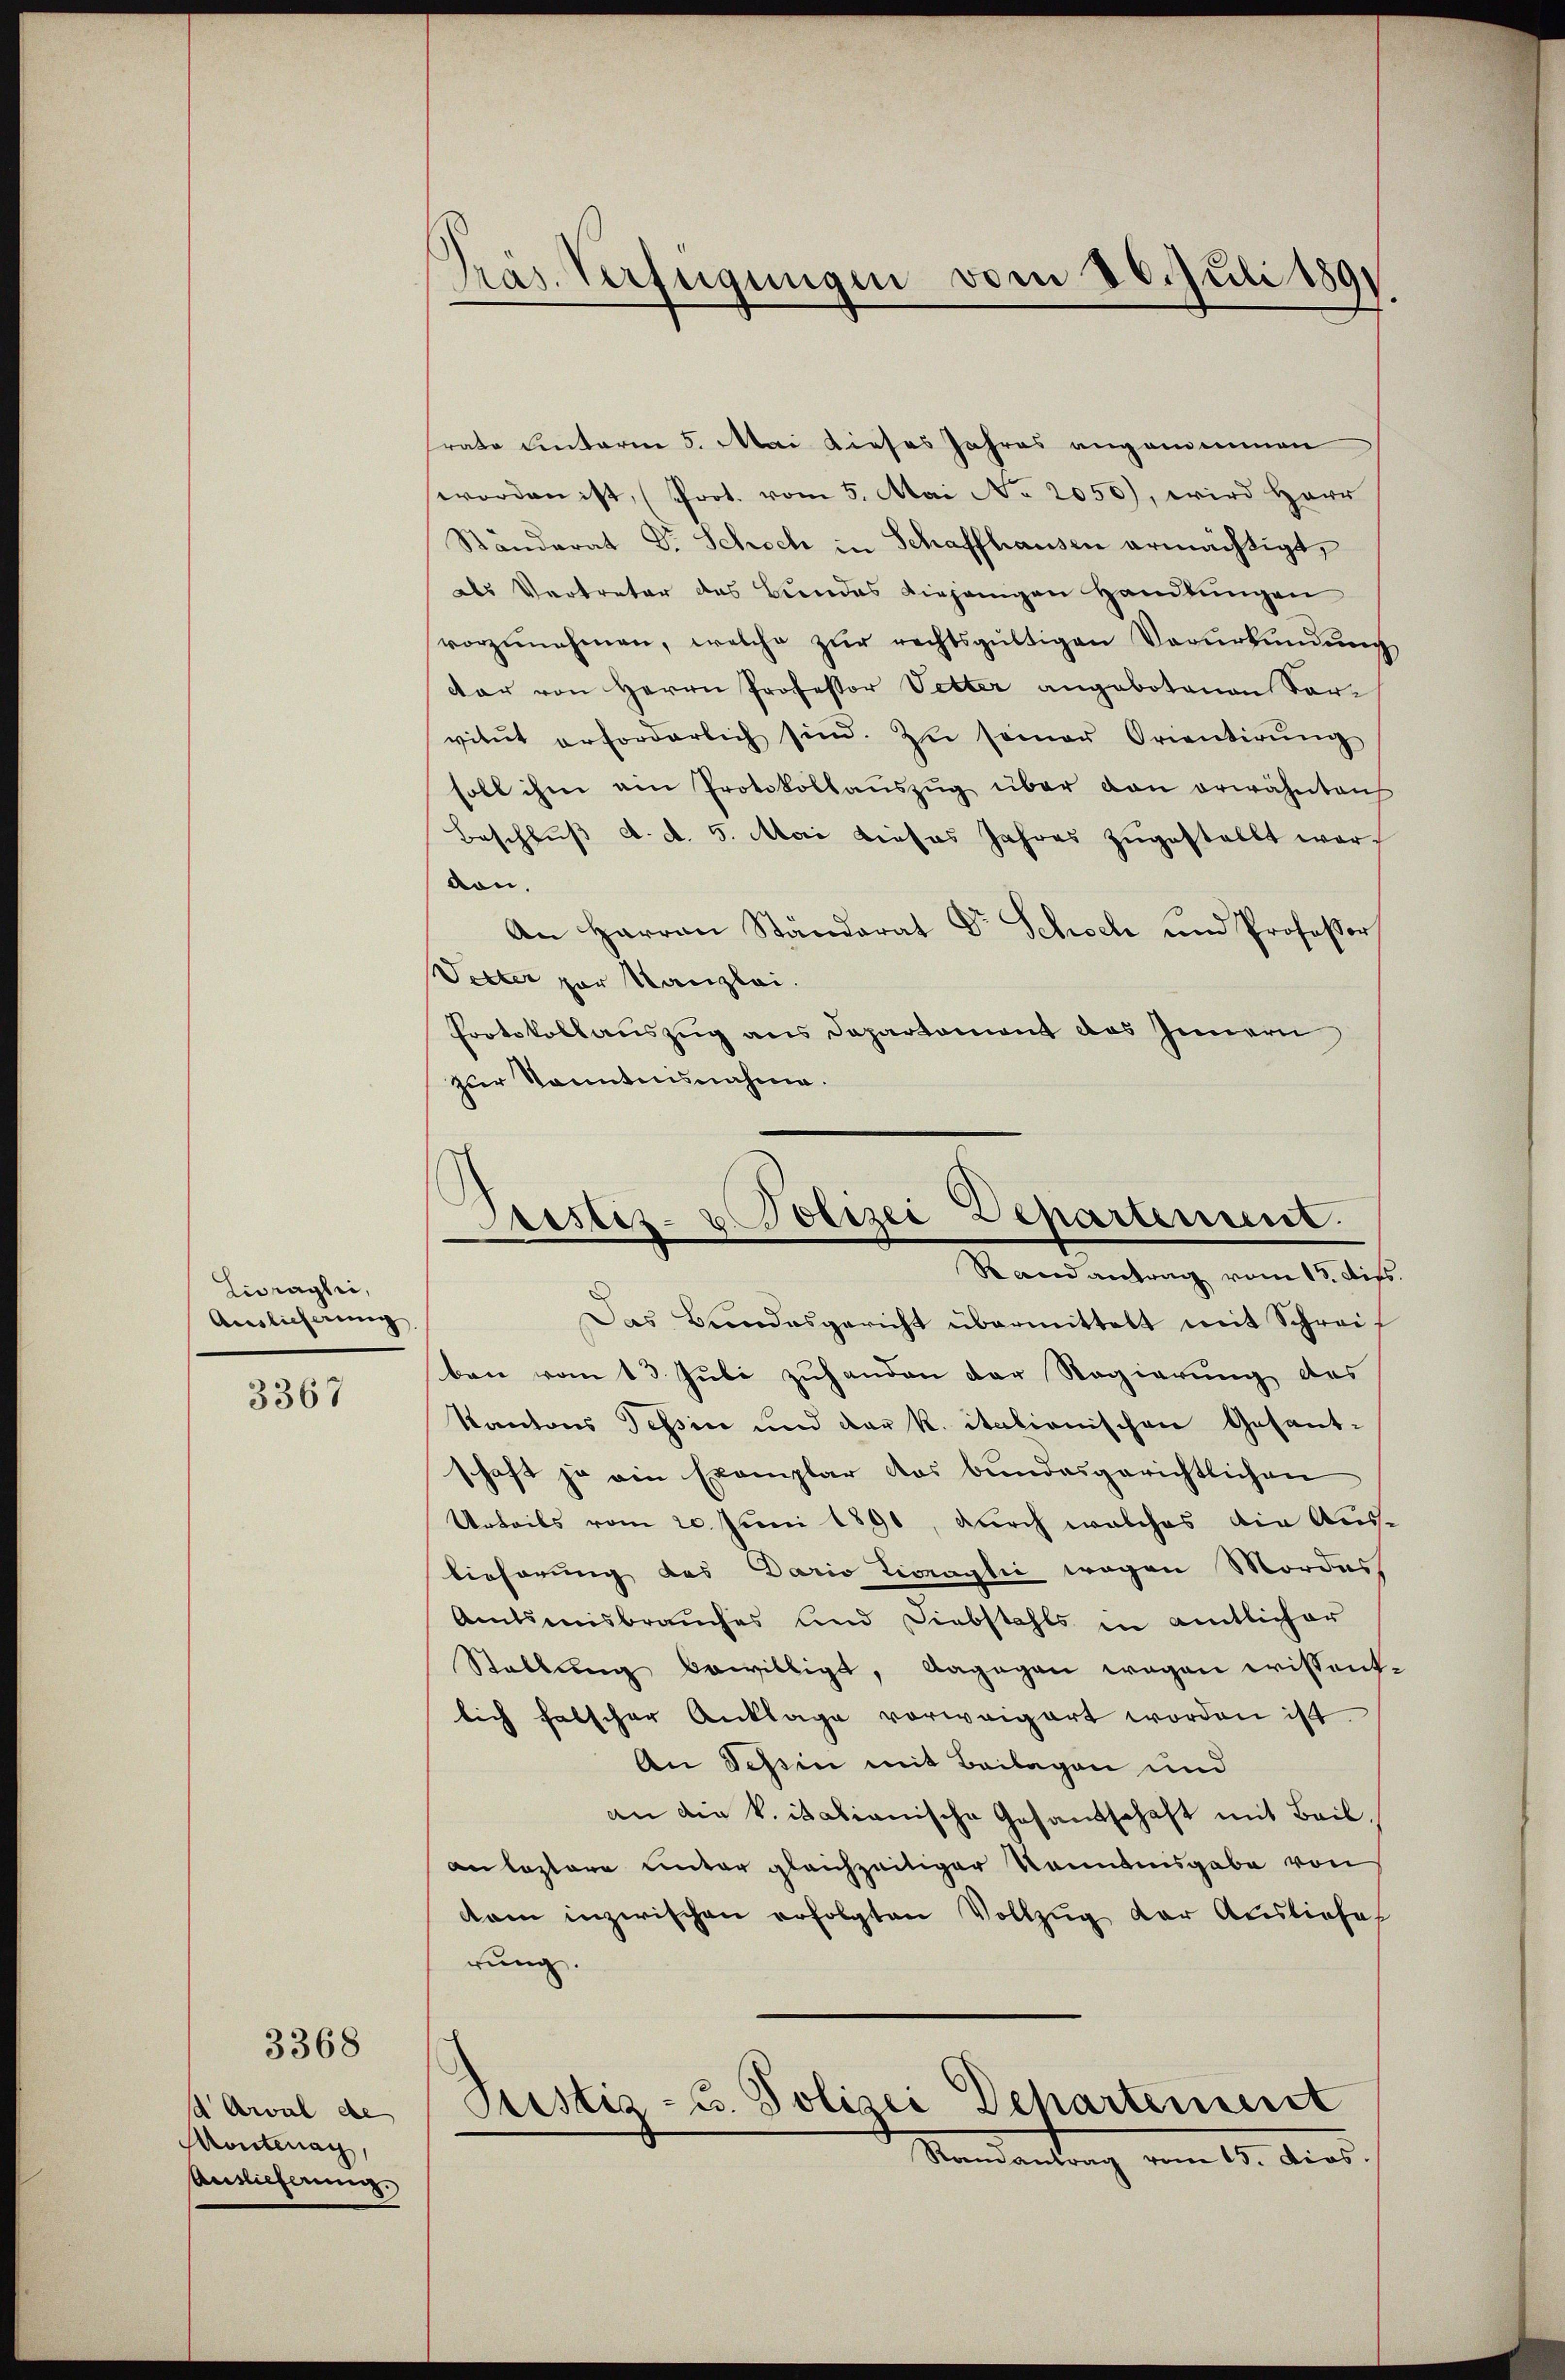
Lidragli,
Auslieferung

3367

d Arval de
Montenag,
Auslieferung.

3368

frate hinterm 5. Mai dieses Jahres angenommen
worden ist, (Prot. vom 5. Mai No 2050), wird Herr
Ständerat Dr. Schoch in Schaffhausen ermächtigt,
als Vertreter das Bundes diejenigen Handlungen
vorzŭnehmen, welche zŭr rechtsgültigen Verŭrkŭndŭng
dar von Herrn Professor Vetter angebotenen Vorvitŭt erforderlich sind. Zu seiner Orientirŭng
soll ihme ein Protokollaŭszŭg über dan erwähnten
Beschlŭβ d. d. 5. Mai dieses Jahres zŭgestellt wordon.
An Harran Ständerat Dr Schoch und Professor
Vetter zur Kanzlei.
Protokollauszug aus Departement das Innern
zur Kenntnisnahme.

Präs. Verfügungen vom 26. Juli 1891

Das Bundesgericht übermittelt mit Schreiben vom 13. Juli zuhanden der Regierung des
Kantons Tessin und der K. italionischen Gesant-
schaft ja ein Exemplar das bundesgerichtlichen
Urteils vom 20. Juni 1890, durch welches die Aus-
lieferung des Dario Lionagli wegen Mordes
Amtsmisbrauches und Diebstahls in amtlicher
Stellung bewilligt, dagegen wegen wissentlich falscher Anklage vorweigert worden ist.
An Schein mit Beilagen und
an die k. italianische Gesandschaft mit Beil.
an leztere unter gleichzeitiger kanntesgabe von
kam inzwischen erfolgten Vollzug der Ausliefes
rung.
Justiz- u. Polizei Departement
Ramantrag vom 15. dies

ristiz- & Polizei Departement.
Rand antrag vom 15. dies